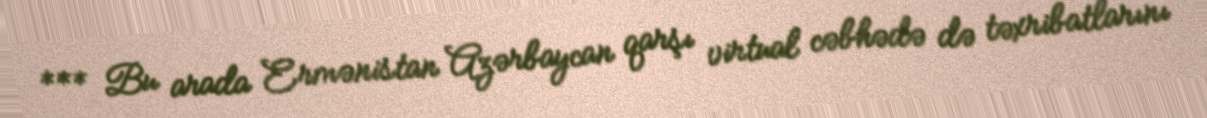
*** Bu arada Ermənistan Azərbaycan qarşı virtual cəbhədə də təxribatlarını